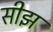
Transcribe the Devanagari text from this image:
सीझ